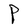
Character: P